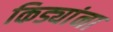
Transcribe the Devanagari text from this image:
किड्यांना